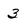
Character: 3